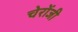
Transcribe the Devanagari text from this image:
चेरोंजी